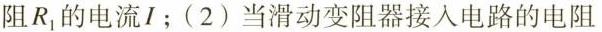
阻R_{1}的电流I；(2)当滑动变阻器接入电路的电阻